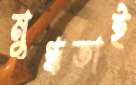
মুগ্ধতাই